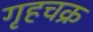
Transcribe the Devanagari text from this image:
गृहचक्र